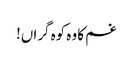
غم کا وہ کوہ گراں!